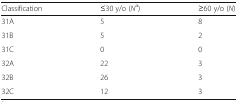
| Classification | ≤30 y/o (Na) | ≥60 y/o (N) |
 | --- | --- | --- |
 | 31A | 5 | 8 |
 | 31B | 5 | 2 |
 | 31C | 0 | 0 |
 | 32A | 22 | 3 |
 | 32B | 26 | 3 |
 | 32C | 12 | 3 |